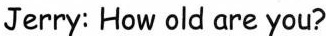
Jerry: How old are you?